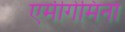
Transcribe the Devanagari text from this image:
एमीगेमिनो